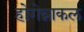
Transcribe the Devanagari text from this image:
होगेन्नाकल